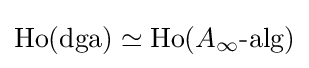
{\text{Ho}}({\text{dga}})\simeq {\text{Ho}}(A_{\infty }{\text{-alg}})